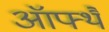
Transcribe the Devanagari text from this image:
ऑफ्थै